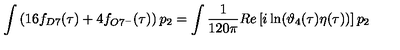
\int \left( 1 6 f _ { D 7 } ( \tau ) + 4 f _ { O 7 ^ { - } } ( \tau ) \right) p _ { 2 } = \int \frac { 1 } { 1 2 0 \pi } R e \left[ i \ln ( \vartheta _ { 4 } ( \tau ) \eta ( \tau ) ) \right] p _ { 2 }